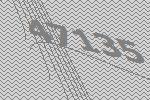
47135